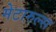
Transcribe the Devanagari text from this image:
मेटारुल्स